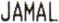
JAMAL